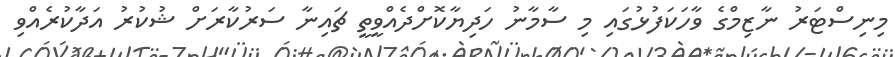
މިނިސްޓަރު ނާޒިމްގެ ވާހަކަފުޅުގައި މި ސާމާނު ހަދިޔާކޮށްދެއްވީތީ ޗައިނާ ސަރުކާރަށް ޝުކުރު އަދާކުރެއްވި